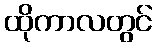
ထိုကာလတွင်